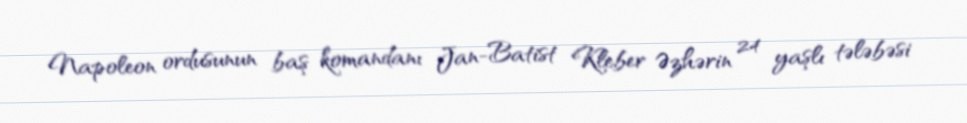
Napoleon ordusunun baş komandanı Jan-Batist Kleber Əzhərin 24 yaşlı tələbəsi